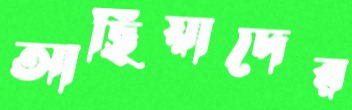
আছিয়াদের